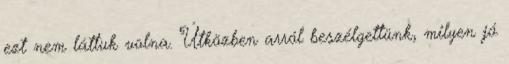
ezt nem láttuk volna. Útközben arról beszélgettünk, milyen jó